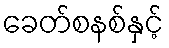
ခေတ်စနစ်နှင့်